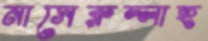
নাসেরুল্লাহ